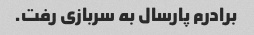
برادرم پارسال به سربازی رفت.